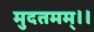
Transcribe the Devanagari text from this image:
मुदतमम्।।